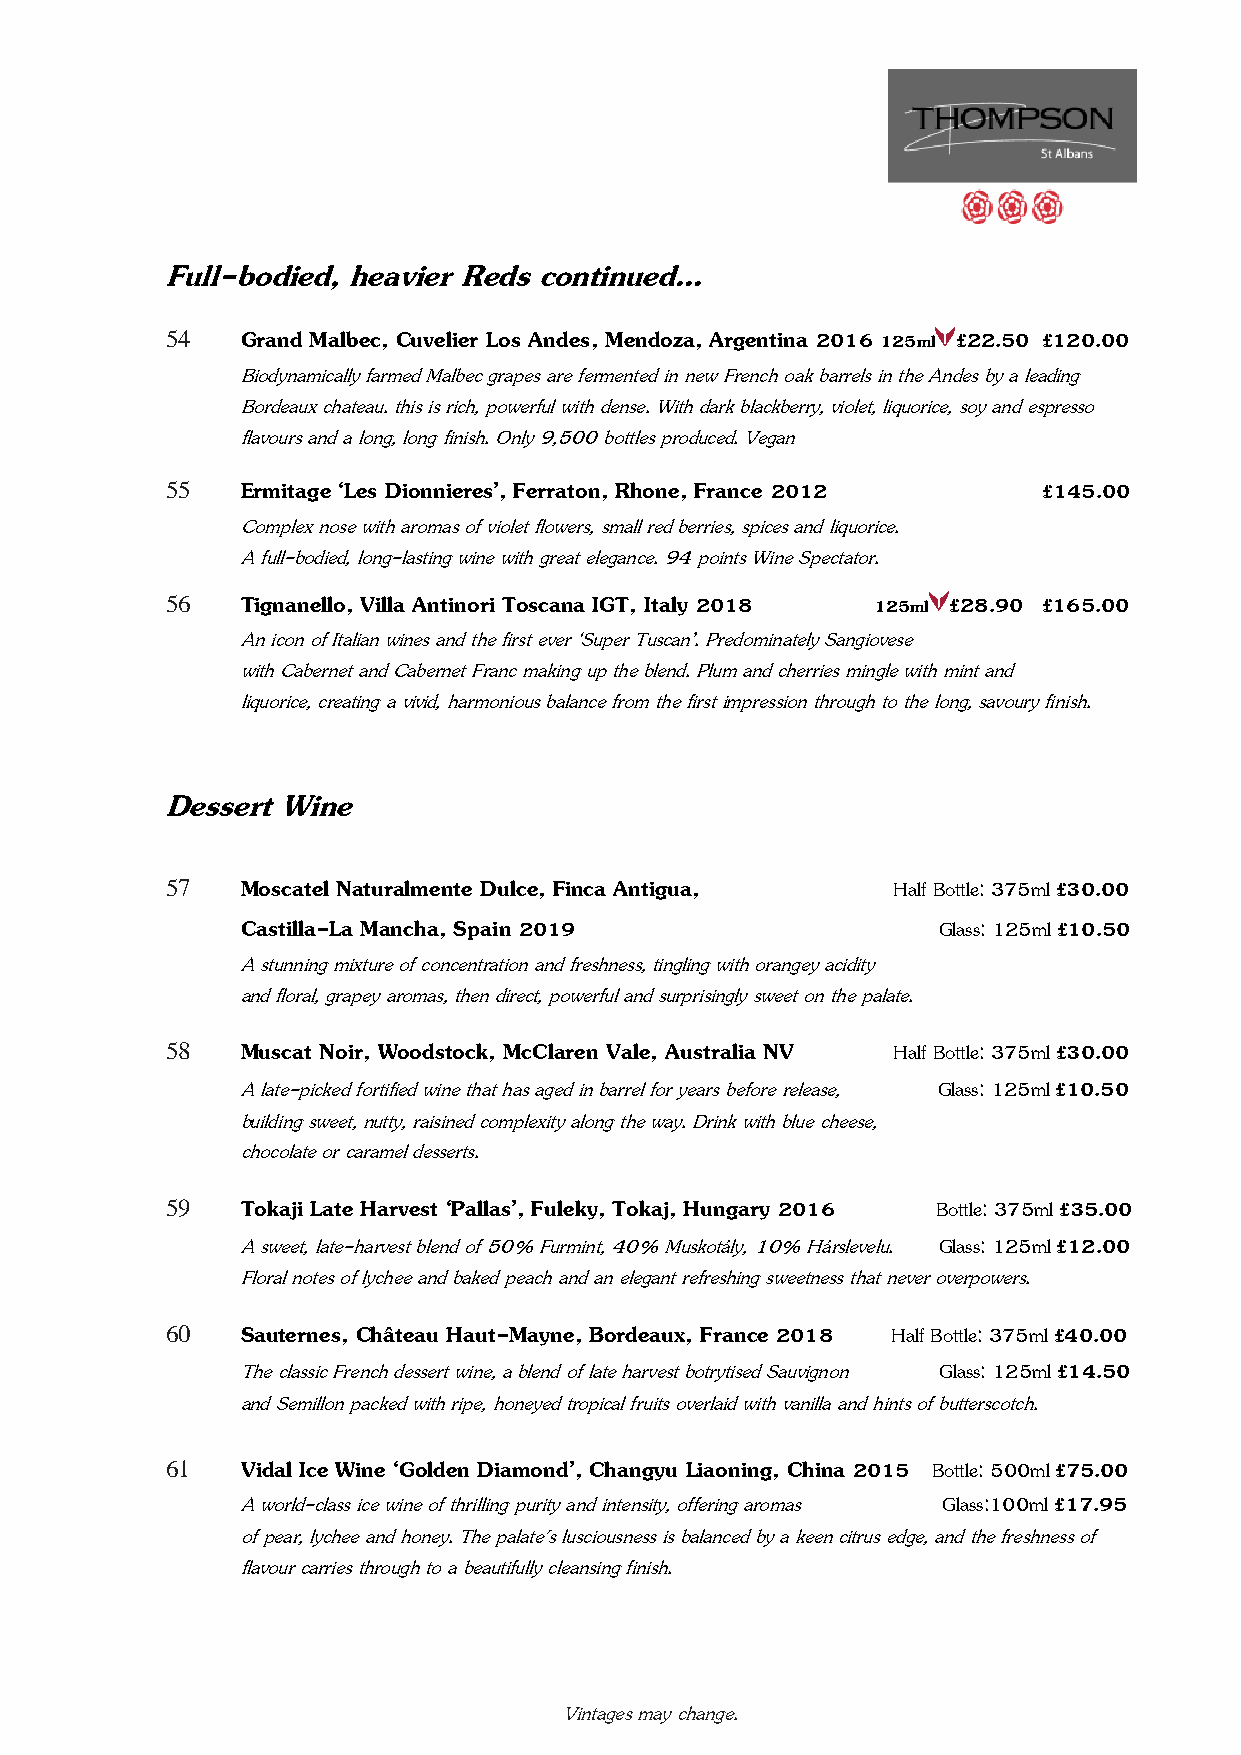
Full-bodied, heavier Reds continued…
 54   Grand Malbec, Cuvelier Los Andes, Mendoza, Argentina 2016 125ml £22.50 £120.00
 Biodynamically farmed Malbec grapes are fermented in new French oak barrels in the Andes by a leading
 Bordeaux chateau. this is rich, powerful with dense. With dark blackberry, violet, liquorice, soy and espresso
 flavours and a long, long finish. Only 9,500 bottles produced. Vegan
 55   Ermitage ‘Les Dionnieres’, Ferraton, Rhone, France 2012 £145.00
 Complex nose with aromas of violet flowers, small red berries, spices and liquorice.
 A full-bodied, long-lasting wine with great elegance. 94 points Wine Spectator.
 56   Tignanello, Villa Antinori Toscana IGT, Italy 2018 125ml £28.90 £165.00
 An icon of Italian wines and the first ever ‘Super Tuscan’. Predominately Sangiovese
 with Cabernet and Cabernet Franc making up the blend. Plum and cherries mingle with mint and
 liquorice, creating a vivid, harmonious balance from the first impression through to the long, savoury finish.
 Dessert Wine
 57   Moscatel Naturalmente Dulce, Finca Antigua, Half Bottle: 375ml £30.00
 Castilla-La Mancha, Spain 2019                Glass: 125ml £10.50
 A stunning mixture of concentration and freshness, tingling with orangey acidity
 and floral, grapey aromas, then direct, powerful and surprisingly sweet on the palate.
 58   Muscat Noir, Woodstock, McClaren Vale, Australia NV Half Bottle: 375ml £30.00
 A late-picked fortified wine that has aged in barrel for years before release, Glass: 125ml £10.50
 building sweet, nutty, raisined complexity along the way. Drink with blue cheese,
 chocolate or caramel desserts.
 59   Tokaji Late Harvest ‘Pallas’, Fuleky, Tokaj, Hungary 2016 Bottle: 375ml £35.00
 A sweet, late-harvest blend of 50% Furmint, 40% Muskotály, 10% Hárslevelu. Glass: 125ml £12.00
 Floral notes of lychee and baked peach and an elegant refreshing sweetness that never overpowers.
 60   Sauternes, Château Haut-Mayne, Bordeaux, France 2018 Half Bottle: 375ml £40.00
 The classic French dessert wine, a blend of late harvest botrytised Sauvignon Glass: 125ml £14.50
 and Semillon packed with ripe, honeyed tropical fruits overlaid with vanilla and hints of butterscotch.
 61   Vidal Ice Wine ‘Golden Diamond’, Changyu Liaoning, China 2015 Bottle: 500ml £75.00
 A world-class ice wine of thrilling purity and intensity, offering aromas Glass:100ml £17.95
 of pear, lychee and honey. The palate's lusciousness is balanced by a keen citrus edge, and the freshness of
 flavour carries through to a beautifully cleansing finish.
 Vintages may change.